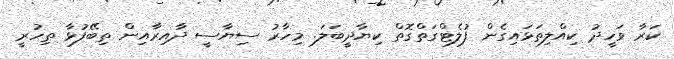
ކަރާ ވަހީދު ކިއްލިތަޅައިގެން ފުލެޓްގަތްގޮތް ކިޔާދީބަލަ. މިހާރު ސިޔާސީ ދާއިރާއިން ތިބޭފުޅާ ތިހުރީ